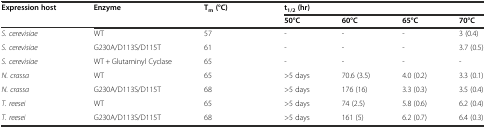
<table><thead><tr><td rowspan="2"><b>Expression host</b></td><td><b>Enzyme</b></td><td rowspan="2"><b>T<sub>m</sub>(°C)</b></td><td colspan="4"><b>t<sub>1/2</sub>(hr)</b></td></tr><tr><td>[EMPTY_CELL]</td><td><b>50°C</b></td><td><b>60°C</b></td><td><b>65°C</b></td><td><b>70°C</b></td></tr></thead><tbody><tr><td><i>S. cerevisiae</i></td><td>WT</td><td>57</td><td>-</td><td>-</td><td>-</td><td>3 (0.4)</td></tr><tr><td><i>S. cerevisiae</i></td><td>G230A/D113S/D115T</td><td>61</td><td>-</td><td>-</td><td>-</td><td>3.7 (0.5)</td></tr><tr><td><i>S. cerevisiae</i></td><td>WT + Glutaminyl Cyclase</td><td>65</td><td>-</td><td>-</td><td>-</td><td>-</td></tr><tr><td><i>N. crassa</i></td><td>WT</td><td>65</td><td>&gt;5 days</td><td>70.6 (3.5)</td><td>4.0 (0.2)</td><td>3.3 (0.1)</td></tr><tr><td><i>N. crassa</i></td><td>G230A/D113S/D115T</td><td>68</td><td>&gt;5 days</td><td>176 (16)</td><td>3.3 (0.3)</td><td>3.5 (0.4)</td></tr><tr><td><i>T. reesei</i></td><td>WT</td><td>65</td><td>&gt;5 days</td><td>74 (2.5)</td><td>5.8 (0.6)</td><td>6.2 (0.4)</td></tr><tr><td><i>T. reesei</i></td><td>G230A/D113S/D115T</td><td>68</td><td>&gt;5 days</td><td>161 (5)</td><td>6.2 (0.7)</td><td>6.4 (0.3)</td></tr></tbody></table>